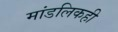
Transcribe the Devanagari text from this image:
मांडलिकही